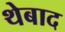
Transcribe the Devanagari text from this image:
थेबाद